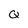
Character: Q